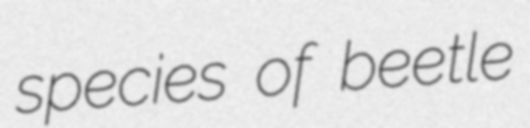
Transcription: species of beetle